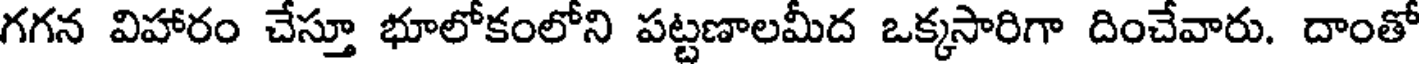
గగన విహారం చేస్తూ భూలోకంలోని పట్టణాలమీద ఒక్కసారిగా దించేవారు. దాంతో